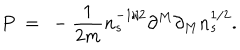
P ~ = ~ - \frac { 1 } { 2 m } n _ { s } ^ { - 1 / 2 } \partial ^ { M } \partial _ { M } n _ { s } ^ { 1 / 2 } .